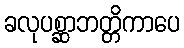
ခလုပစ္ဆာဘတ္တိကာပေ